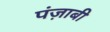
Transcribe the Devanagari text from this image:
पंज़ाबी